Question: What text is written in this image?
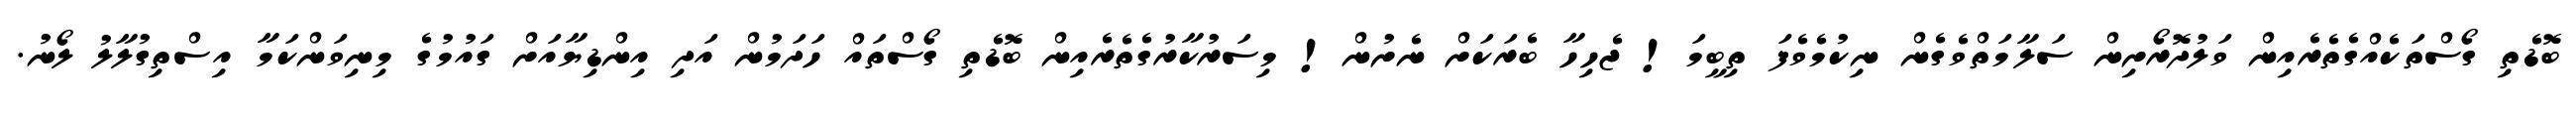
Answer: ބޮޑެތި ގޯސްތަކެއްގެތެރެއިން ވަލުދޮރޯށިން ސަލާމަތްވެގެން ނިކުމެވެފަ ތިބީމަ! ޖެހިހާ ބެރަކަށް ނެށުން! މިސަރުކާރުގެތެރެއިން ބޮޑެތި ގޯސްތައް ހަދަމުން އަދި އިންޑިޔާއަށް ގައުމުގެ މިނިވަންކަމާ އިސްތިގުލާލު ލޯނު.